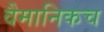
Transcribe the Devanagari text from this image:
वैमानिकच